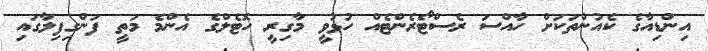
އިންޑިއާގެ ކެއުންތަކަށް ހާއްސަ ރެސްޓޯރެންޓެއް ހުޅުވީ މާގިރީ ހޮޓެލްގެ އެންމެ މަތީ ފަންގިފިލާގައި